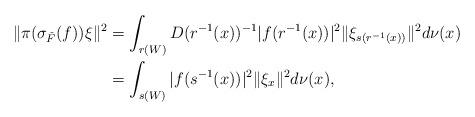
LaTeX: \begin{align*}\|\pi(\sigma_{\check F}(f))\xi\|^2&=\int_{r(W)}D(r^{-1}(x))^{-1}|f(r^{-1}(x))|^2\|\xi_{s(r^{-1}(x))}\|^2d\nu(x)\\&=\int_{s(W)}|f(s^{-1}(x))|^2\|\xi_x\|^2d\nu(x),\end{align*}